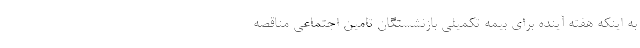
به اینکه هفته‌ آینده برای بیمه تکمیلی بازنشستگان تامین اجتماعی مناقصه